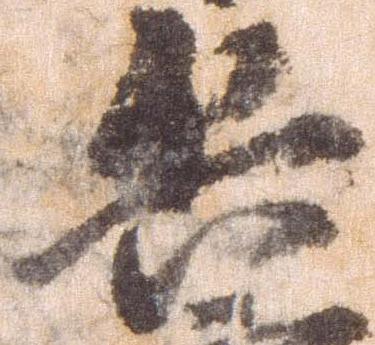
兵